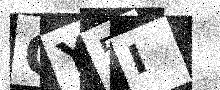
Text: CY5I